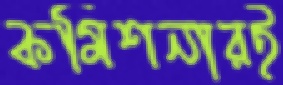
কমিশনারই